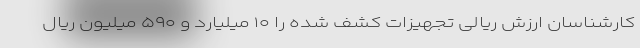
کارشناسان ارزش ریالی تجهیزات کشف شده را ۱۰ میلیارد و ۵۹۰ میلیون ریال